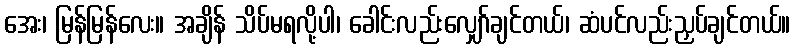
အေး၊ မြန်မြန်လေး။ အချိန် သိပ်မရလို့ပါ၊ ခေါင်းလည်းလျှော်ချင်တယ်၊ ဆံပင်လည်းညှပ်ချင်တယ်။